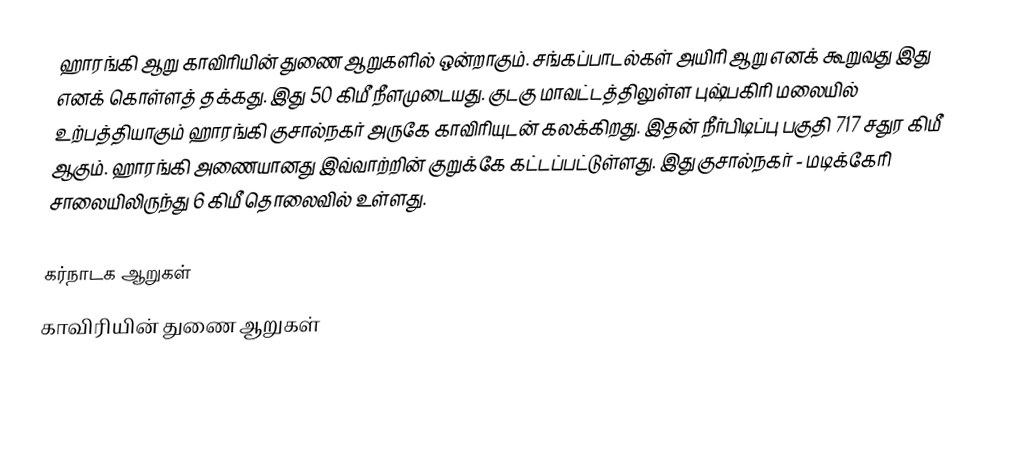
ஹாரங்கி ஆறு காவிரியின் துணை ஆறுகளில் ஒன்றாகும். சங்கப்பாடல்கள் அயிரி ஆறு எனக் கூறுவது இது எனக் கொள்ளத் தக்கது. இது 50 கிமீ நீளமுடையது. குடகு மாவட்டத்திலுள்ள புஷ்பகிரி மலையில் உற்பத்தியாகும் ஹாரங்கி குசால்நகர் அருகே காவிரியுடன் கலக்கிறது. இதன் நீர்பிடிப்பு பகுதி 717 சதுர கிமீ ஆகும். ஹாரங்கி அணையானது இவ்வாற்றின் குறுக்கே கட்டப்பட்டுள்ளது. இது குசால்நகர் - மடிக்கேரி சாலையிலிருந்து 6 கிமீ தொலைவில் உள்ளது.

கர்நாடக ஆறுகள்
காவிரியின் துணை ஆறுகள்